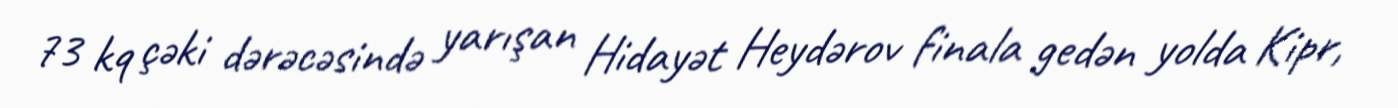
73 kq çəki dərəcəsində yarışan Hidayət Heydərov finala gedən yolda Kipr,